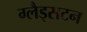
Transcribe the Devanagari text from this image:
ग्लैड्सटन